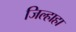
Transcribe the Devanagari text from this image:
जिल्हाहा